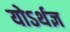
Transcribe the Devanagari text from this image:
योऽर्थज्ञ